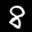
Label: 8